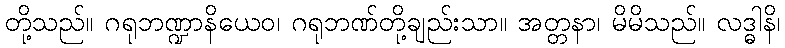
တို့သည်။ ဂရုဘဏ္ဍာနိယေဝ၊ ဂရုဘဏ်တို့ချည်းသာ။ အတ္တနာ၊ မိမိသည်။ လဒ္ဓါနိ၊